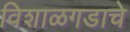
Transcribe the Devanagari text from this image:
विशाळगडाचे